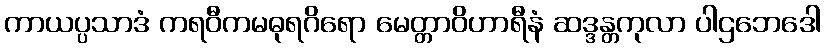
ကာယပ္ပသာဒံ ကရဝီကမဓုရဂိရော မေတ္တာဝိဟာရီနံ ဆဒ္ဒန္တကုလာ ပါဌဘေဒေါ